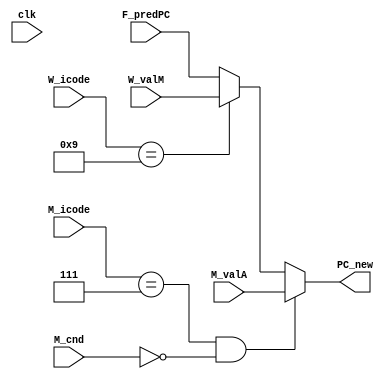
module select_PC(
    input clk, 
    input [63:0] F_predPC, 
    input [63:0] W_valM, 
    input [63:0] M_valA, 
    input [3:0] M_icode, 
    input [3:0] W_icode, 
    input M_cnd, 
    output reg [63:0] PC_new
);

always @(*)
    begin
        if(M_icode == 7 && M_cnd==0)
        begin
            PC_new = M_valA;
        end

        else if(W_icode == 9)
        begin
            PC_new = W_valM;
        end
        
        else
        begin
            //$display ("heloo");
            PC_new = F_predPC;
        end
    end

endmodule